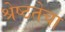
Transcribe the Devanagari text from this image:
श्रेष्ठतेचा